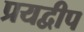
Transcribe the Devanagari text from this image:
प्रयद्वीप